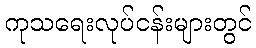
ကုသရေးလုပ်ငန်းများတွင်